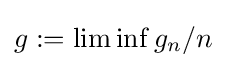
{\textstyle g:=\liminf g_{n}/n}